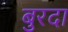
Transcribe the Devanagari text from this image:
बुरदा